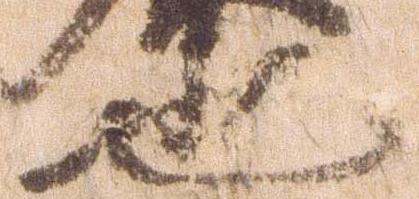
也